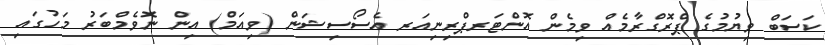
ކަސަބް ވިޔުމުގެ ޕްރޮގްރާމެއް ވިމެން އޮންޓަރޕްރިނިއަރ އެސޯސިޝަން (ވިއަމް) އިން ނޮވެމްބަރު މަހުގައި